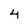
Character: 4